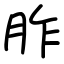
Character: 胙